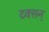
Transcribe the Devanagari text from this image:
टक्सन्